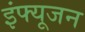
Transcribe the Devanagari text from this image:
इंफ्यूजन